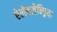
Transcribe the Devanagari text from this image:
ऐलेक्जेन्ड्रिया